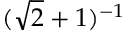
( \sqrt { 2 } + 1 ) ^ { - 1 }